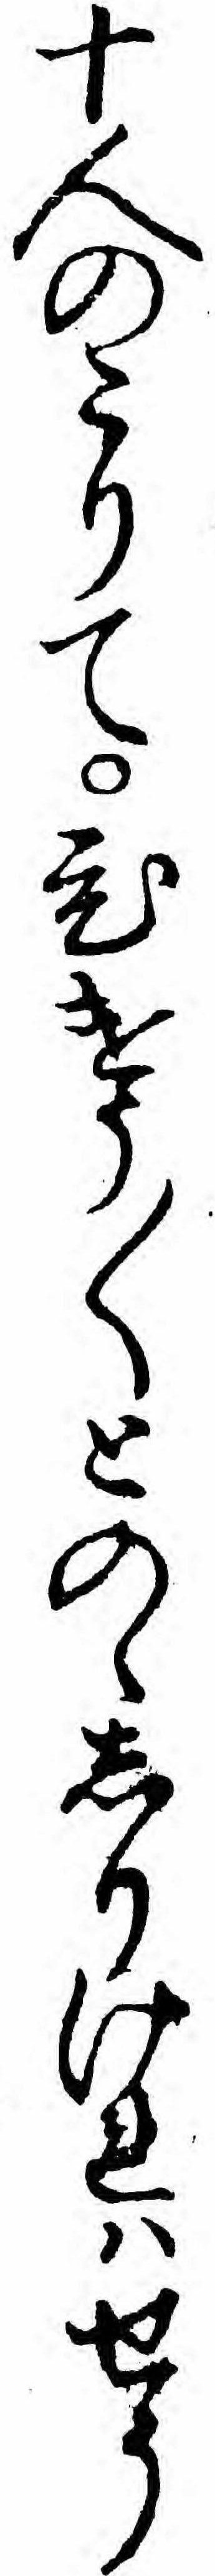
十人のこりてひけう〱とのゝしりけれハせう